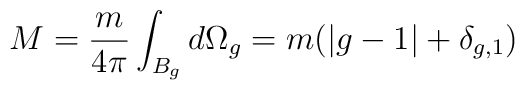
M = \frac{m}{4\pi} \int_{B_g} d\Omega_g =  m(|g-1|+\delta_{g,1})